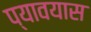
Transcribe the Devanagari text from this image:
प्यावयास